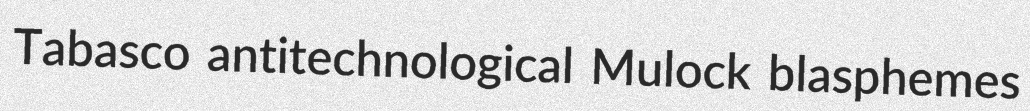
Tabasco antitechnological Mulock blasphemes